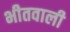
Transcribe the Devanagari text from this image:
भीतवाली